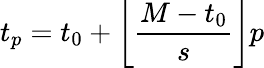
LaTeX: t_{p}=t_{0}+\left\lfloor\frac{M-t_{0}}{s}\right\rfloor p